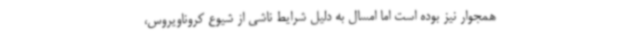
همجوار نیز بوده است اما امسال به دلیل شرایط ناشی از شیوع کروناویروس،